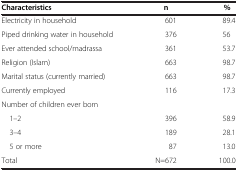
<table><thead><tr><td><b>Characteristics</b></td><td><b>n</b></td><td><b> %</b></td></tr></thead><tbody><tr><td>Electricity in household</td><td>601</td><td> 89.4</td></tr><tr><td>Piped drinking water in household</td><td>376</td><td> 56</td></tr><tr><td>Ever attended school/madrassa</td><td>361</td><td> 53.7</td></tr><tr><td>Religion (Islam)</td><td>663</td><td> 98.7</td></tr><tr><td>Marital status (currently married)</td><td>663</td><td> 98.7</td></tr><tr><td>Currently employed</td><td>116</td><td> 17.3</td></tr><tr><td colspan="3">Number of children ever born</td></tr><tr><td> 1–2</td><td>396</td><td> 58.9</td></tr><tr><td> 3–4</td><td>189</td><td> 28.1</td></tr><tr><td> 5 or more</td><td>87</td><td> 13.0</td></tr><tr><td>Total</td><td>N=672</td><td>100.0</td></tr></tbody></table>